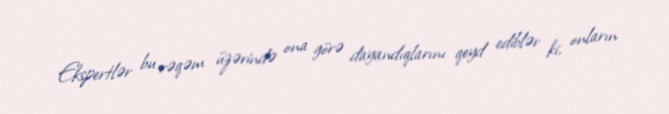
Ekspertlər bu rəqəm üzərində ona görə dayandıqlarını qeyd ediblər ki, onların